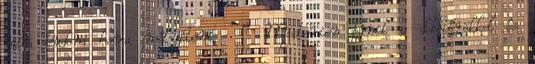
nem tudom hova mélyíteni Mesterien bánik a dobótőrökkel és